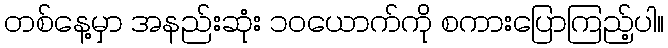
တစ်နေ့မှာ အနည်းဆုံး ၁၀ယောက်ကို စကားပြောကြည့်ပါ။